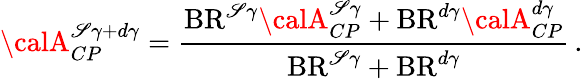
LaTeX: {\calA}_{CP}^{\mathscr{S}\gamma+d\gamma}={\frac{{\mathrm{{BR}}^{\mathscr{S}\gamma}{\calA}_{CP}^{\mathscr{S}\gamma}+\mathrm{{BR}}^{d\gamma}{\calA}_{CP}^{d\gamma}}}{{\mathrm{{BR}}^{\mathscr{S}\gamma}+\mathrm{{BR}}^{d\gamma}}}}\, .